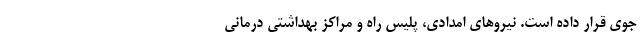
جوی قرار داده است. نیرو‌های امدادی، پلیس راه و مراکز بهداشتی درمانی